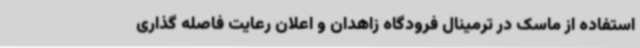
استفاده از ماسک در ترمینال فرودگاه زاهدان و اعلان رعایت فاصله گذاری